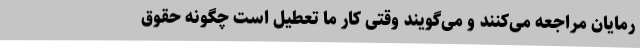
رمایان مراجعه می‌کنند و می‌گویند وقتی کار ما تعطیل است چگونه حقوق